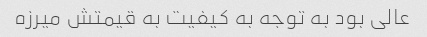
عالی بود به توجه به کیفیت به قیمتش میرزه